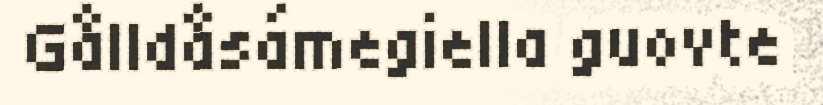
Gålldåsámegiella guovte